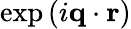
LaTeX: \exp{(i\mathbf{q}\cdot\mathbf{r})}